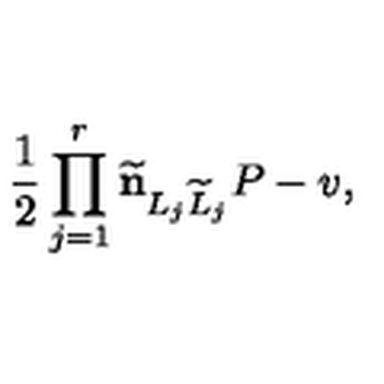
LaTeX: { \frac { 1 } { 2 } } \prod _ { j = 1 } ^ { r } { \bf \widetilde n } _ { L _ { j } \widetilde L _ { j } } P - v ,